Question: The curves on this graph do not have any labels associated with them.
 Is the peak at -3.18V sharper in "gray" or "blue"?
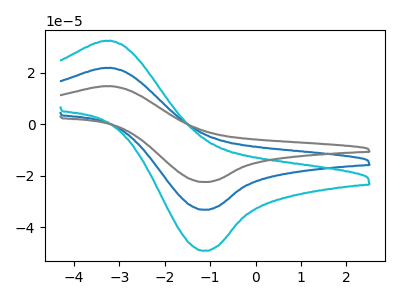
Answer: <think>The blue curve "blue" has an anodic peak at (-3.20V, 22.00uA) and a cathodic peak at (-1.15V, -33.30uA). The cyan curve "cyan" has an anodic peak at (-3.20V, 32.55uA) and a cathodic peak at (-1.15V, -49.25uA). The gray curve "gray" has an anodic peak at (-3.20V, 44.00uA) and a cathodic peak at (-1.15V, -66.55uA).</think>
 <answer>The peak at -3.18V is higher in "gray" than in "blue".</answer>
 <eval>higher</eval>